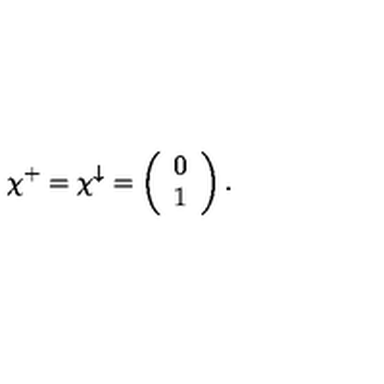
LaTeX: \chi ^ { + } = \chi ^ { \downarrow } = \left( \begin{array} { c c } { 0 } \\ { 1 } \\ \end{array} \right) .